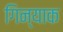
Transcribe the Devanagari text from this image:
गिन्याक